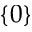
\{ 0 \}